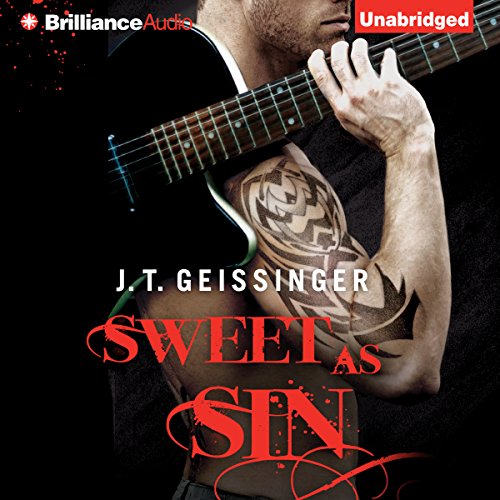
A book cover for Sweet as Sin: Bad Habit, Book 1; J. T. Geissinger; Romance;